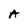
Character: A